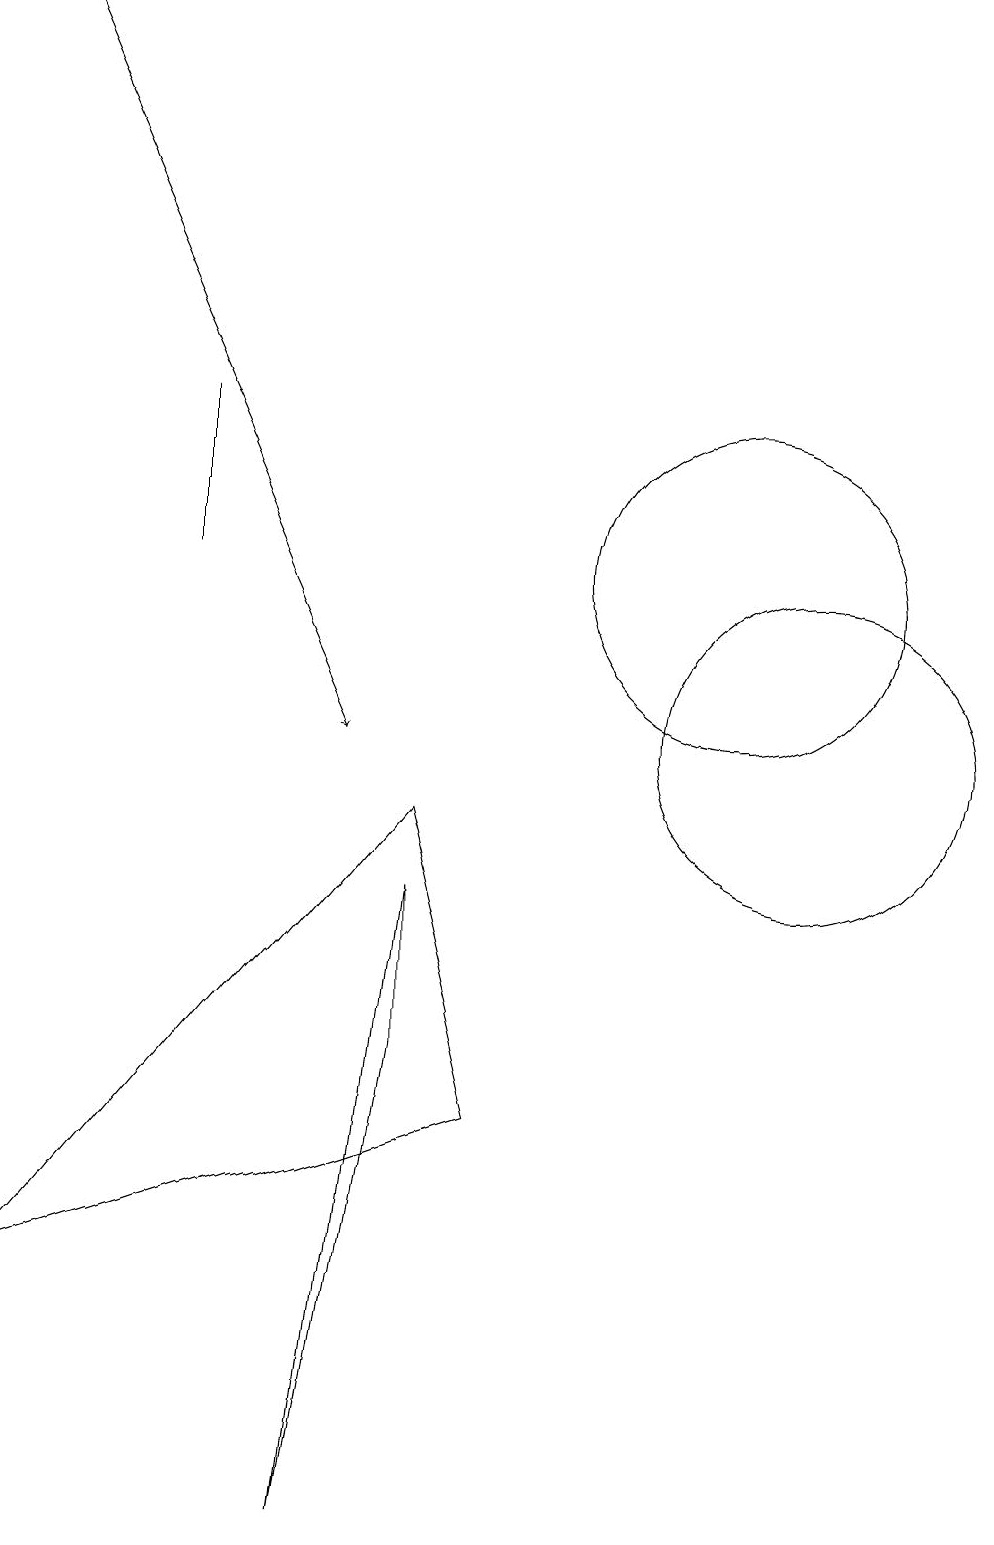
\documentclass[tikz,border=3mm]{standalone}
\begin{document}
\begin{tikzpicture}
\draw (11,10) circle (2);
\draw (10,12) circle (2);
\draw (1,3) -- (6,9) -- (7,5) -- cycle;
\draw (3,14) rectangle (3,12);
\draw (5,0) -- (6,6) -- (6,8) -- cycle;
\draw[->] (1,19) -- (5,10);
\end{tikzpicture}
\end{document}